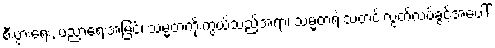
စီးပွားရေး, ပညာရေးအမြင်၊ သမ္မတကိုးကွယ်သည့်အရာ၊ သမ္မတရဲ့ သတင်းလွတ်လပ်ခွင့်အပေါ်